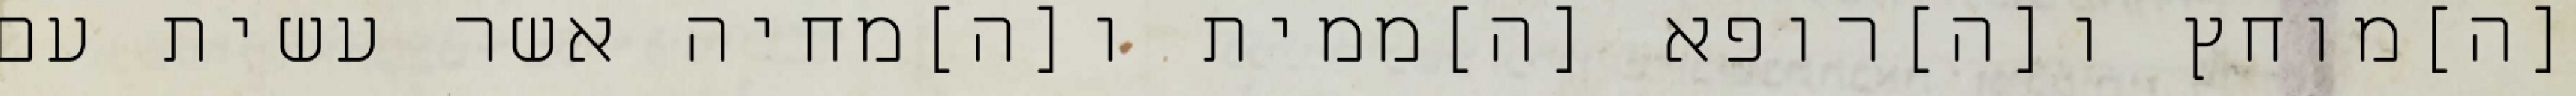
[ה]מוחץ ו[ה]רופא [ה]ממית ו[ה]מחיה אשר עשית עם